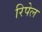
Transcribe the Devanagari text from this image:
रिपेल